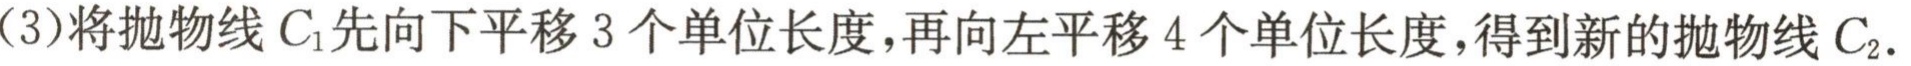
(3)将抛物线\(C_{1}\)先向下平移\(3\)个单位长度，再向左平移\(4\)个单位长度，得到新的抛物线\(C_{2}\)．